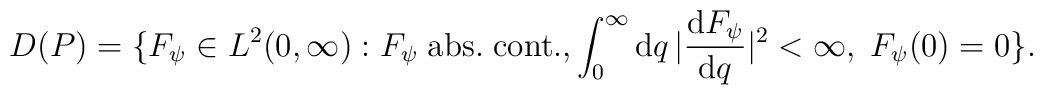
D(P)=\{ F_{\psi}\in L^2(0,\infty): F_{\psi}\; {\rm abs.}\; {\rm cont.}, \int_0^{\infty}{\rm d} q\,|{{\rm d} F_{\psi}\over {\rm d} q}|^2 <\infty,\; F_{\psi}(0)=0\}.